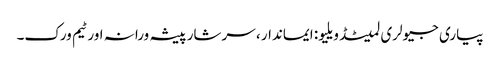
پیاری جیولری لمیٹڈ ویلیو: ایماندار ، سرشار پیشہ ورانہ اور ٹیم ورک۔